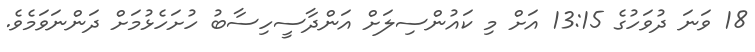
18 ވަނަ ދުވަހުގެ 13:15 އަށް މި ކައުންސިލަށް އަންދާސީހިސާބު ހުށަހެޅުމަށް ދަންނަވަމެވެ.